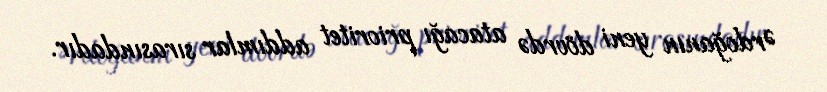
Ərdoğanın yeni dövrdə atacağı prioritet addımlar sırasındadır.